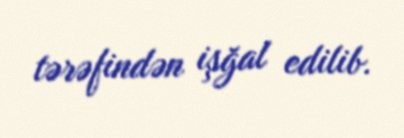
tərəfindən işğal edilib.